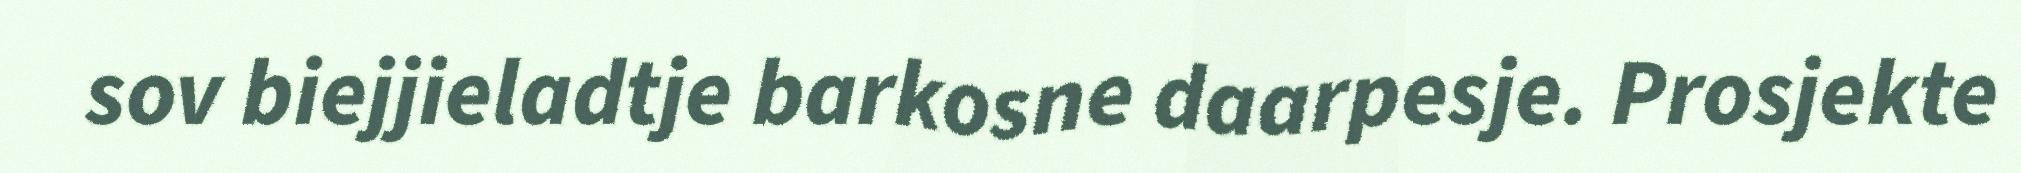
sov biejjieladtje barkosne daarpesje. Prosjekte